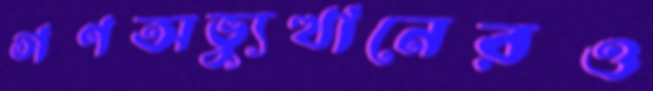
গণঅভ্যুত্থানেরও